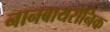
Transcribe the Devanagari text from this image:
नानबायरोनिक